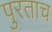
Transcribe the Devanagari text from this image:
पुरताच